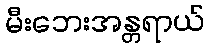
မီးဘေးအန္တရာယ်